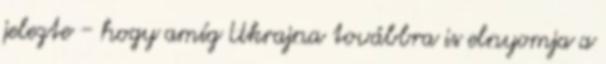
jelezte - hogy amíg Ukrajna továbbra is elnyomja a